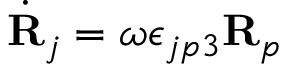
\dot { \bf R } _ { j } = \omega \epsilon _ { j p 3 } { \bf R } _ { p }